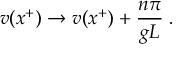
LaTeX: v ( x ^ { + } ) \rightarrow v ( x ^ { + } ) + { \frac { n \pi } { g L } } \; .